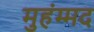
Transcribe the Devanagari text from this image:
मुहंम्मद